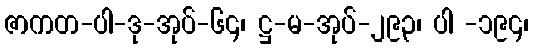
ဇာကတ-ပါ-ဒု-အုပ်-၆၄၊ ဋ္ဌ-မ-အုပ်-၂၉၃၊ ပါ -၁၉၄၊